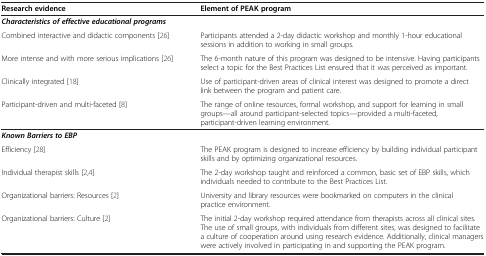
| Research evidence | Element of PEAK program |
 | --- | --- |
 | Characteristics of effective educational programs |  |
 | Combined interactive and didactic components [26] | Participants attended a 2-day didactic workshop and monthly 1-hour educational sessions in addition to working in small groups. |
 | More intense and with more serious implications [26] | The 6-month nature of this program was designed to be intensive. Having participants select a topic for the Best Practices List ensured that it was perceived as important. |
 | Clinically integrated [18] | Use of participant-driven areas of clinical interest was designed to promote a direct link between the program and patient care. |
 | Participant-driven and multi-faceted [8] | The range of online resources, formal workshop, and support for learning in small groups—all around participant-selected topics—provided a multi-faceted, participant-driven learning environment. |
 | Known Barriers to EBP |  |
 | Efficiency [28] | The PEAK program is designed to increase efficiency by building individual participant skills and by optimizing organizational resources. |
 | Individual therapist skills [2,4] | The 2-day workshop taught and reinforced a common, basic set of EBP skills, which individuals needed to contribute to the Best Practices List. |
 | Organizational barriers: Resources [2] | University and library resources were bookmarked on computers in the clinical practice environment. |
 | Organizational barriers: Culture [2] | The initial 2-day workshop required attendance from therapists across all clinical sites. The use of small groups, with individuals from different sites, was designed to facilitate a culture of cooperation around using research evidence. Additionally, clinical managers were actively involved in participating in and supporting the PEAK program. |